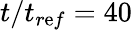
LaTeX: t/t_{r\mathrm{e}f}=40